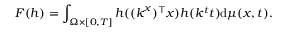
F ( h ) = \int _ { \Omega \times [ 0 , T ] } h ( ( \boldsymbol { k } ^ { x } ) ^ { \top } \boldsymbol { x } ) h ( k ^ { t } t ) \mathrm { d } \mu ( \boldsymbol { x } , t ) .